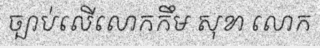
ច្បាប់លើលោកកឹម សុខា លោក